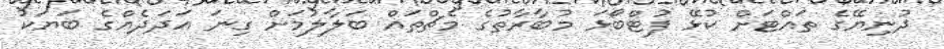
ދުނިޔޭގެ ތައްޓަށް ކުޅޭ ފުޓްބޯޅަ މުބާރާތުގެ މެޗްތައް ބަލާލުމަށް ގިނަ އަދަދެއްގެ ބަޔަކު